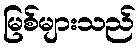
မြစ်များသည်